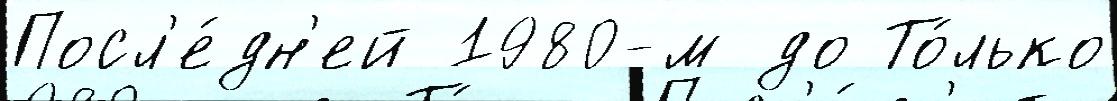
Посл'е́дн'ей 1980-м до То́лько